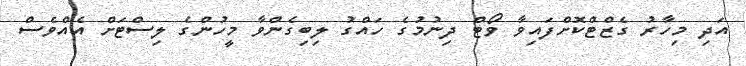
އަދި މިހާރު ގެޒްޓްކޮށްފައިވާ ވޯޓް ދިނުމުގެ ހައްގު ލިބިގެންވާ މީހުންގެ ލިސްޓަށް އެއްވެސް